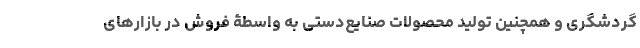
گردشگری و همچنین تولید محصولات صنایع‌دستی به واسطۀ فروش در بازارهای